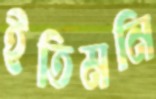
ইতিমনি